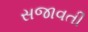
સજાવતી